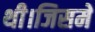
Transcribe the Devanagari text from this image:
थी।जिसमे